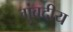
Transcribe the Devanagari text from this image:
गुंबदीय